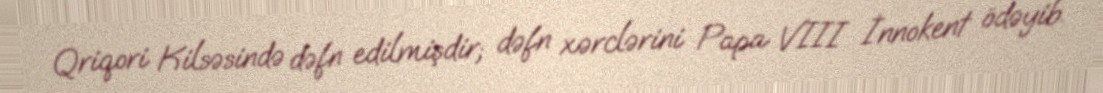
Qriqori Kilsəsində dəfn edilmişdir; dəfn xərclərini Papa VIII İnnokent ödəyib.